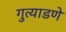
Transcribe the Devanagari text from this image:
गुत्याडणे